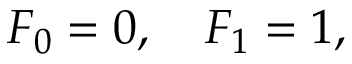
F _ { 0 } = 0 , \quad F _ { 1 } = 1 ,